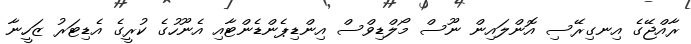
ރާއްޖޭގެ އިނގިރޭސި އޮންލައިން ނޫސް މޯލްޑިވްސް އިންޑިޕެންޑެންޓާއި އެނޫހުގެ ކުރީގެ އެޑިޓަރު ޒަހީނާ